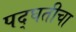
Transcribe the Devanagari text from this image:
पद्घतीचा